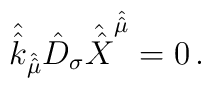
\hat{\hat{k}}_{\hat{\hat{\mu}}} \hat{D}_{\sigma}\hat{\hat{X}}^{\hat{\hat{\mu}}} =0\, .